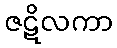
ဇဋိလကာ